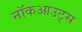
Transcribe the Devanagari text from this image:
नॉकआउट्स